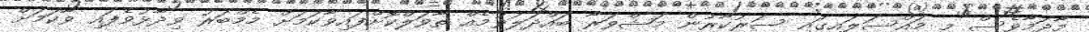
މާދަމާވެސް މި މައްސަލައިގައި ސަރުކާރުން މަޝްވަރާ ބައްދަލުވުމެއް ތާވަލްކޮށްފައިވާކަމަށް މެމްބަރު ވިދާޅުވެފައި ވާކަމަށް